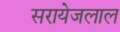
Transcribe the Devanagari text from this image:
सरायेजलाल